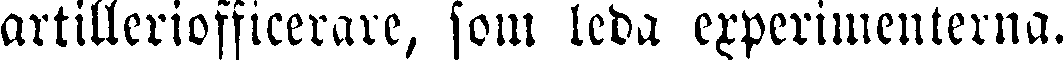
artilleriofficerare, som leda experimenterna.